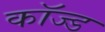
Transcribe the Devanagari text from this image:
कॉज्ड